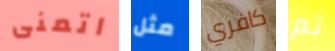
اتمنى مثل كافري ثم